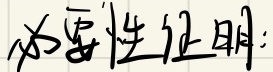
必要性证明: